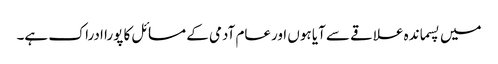
میں پسماندہ علاقے سے آیا ہوں اورعام آدمی کے مسائل کا پورا ادراک ہے۔